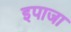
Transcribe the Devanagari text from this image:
इपाजा